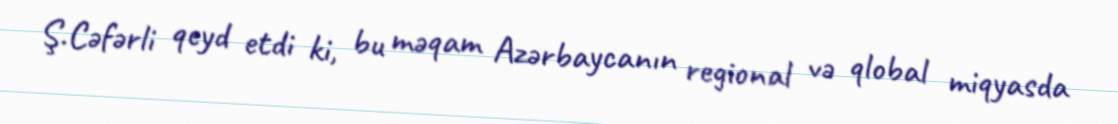
Ş.Cəfərli qeyd etdi ki, bu məqam Azərbaycanın regional və qlobal miqyasda